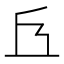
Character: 𠀈